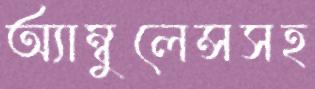
অ্যাম্বুলেন্সসহ